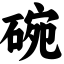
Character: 碗